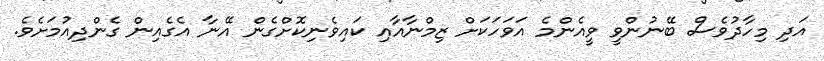
އަދި މިހާދުވެސް ބޭނުންވީ ވީއެންމެ އަވަހަކަށް ޒިމްނާއާއި ކައިވެނިކޮށްގެން އޭނާ އެގެއިން ގެންދިއުމަށެވެ.